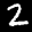
Label: 2